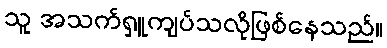
သူ အသက်ရှူကျပ်သလိုဖြစ်နေသည်။